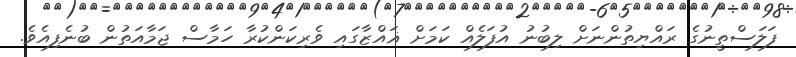
ފަލަސްތީނުގެ ރައްޔިތުންނަށް ލިބުނު އުފަލެއް ކަމަށް ޣައްޒާގައި ވެރިކަންކުރާ ހަމާސް ޖަމާއަތުން ބުނެފިއެވެ.